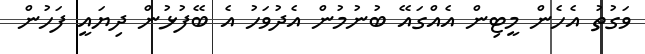
ވަގުތު އެހެން މީޓިން އެއްގައޭ ބުނުމުން އެދުވަހު އެ ބޭފުޅުން ދިޔައީ ފަހުން